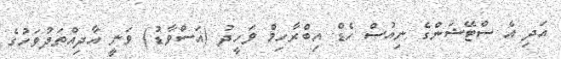
އަދި އެ ސްޓޭޝަންގެ ނިއުސް ހެޑް އިބްރާހިމް ވަހީދު (އަސްވާޑު) ވަނީ އާދިއްތަދުވަހުގެ